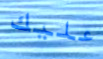
عليك